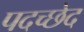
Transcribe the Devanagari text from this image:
पदच्‍छेद